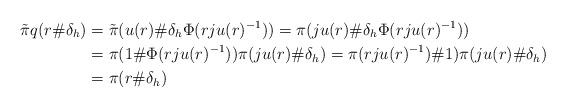
LaTeX: \begin{align*} \tilde{\pi}q(r\# \delta_h)&= \tilde{\pi}(u(r)\# \delta_h\Phi(rju(r)^{-1}))=\pi(ju(r)\#\delta_h\Phi(rju(r)^{-1}))\\&= \pi(1\#\Phi(rju(r)^{-1}))\pi(ju(r)\#\delta_h)= \pi(rju(r)^{-1})\#1)\pi(ju(r)\#\delta_h)\\&= \pi(r\#\delta_h)\end{align*}